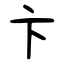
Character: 卞